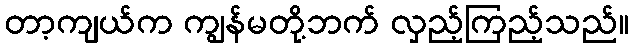
တာ့ကျယ်က ကျွန်မတို့ဘက် လှည့်ကြည့်သည်။